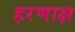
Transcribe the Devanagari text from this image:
हरणाक्ष